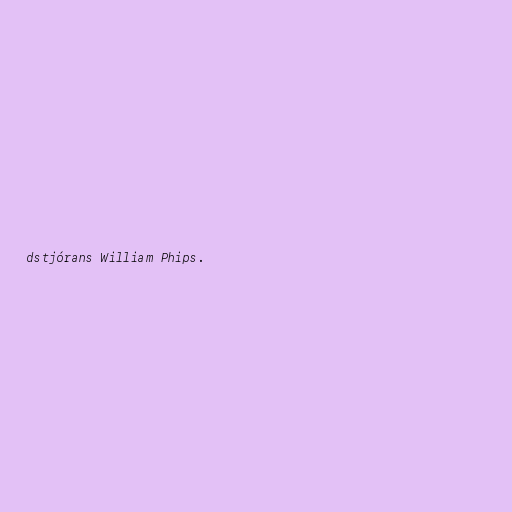
dstjórans William Phips.